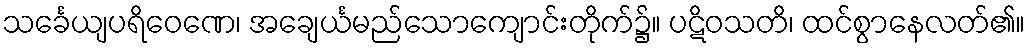
သင်္ခေယျပရိဝေဏေ၊ အချေင်္ယမည်သောကျောင်းတိုက်၌။ ပဋိဝသတိ၊ ထင်စွာနေလတ်၏။